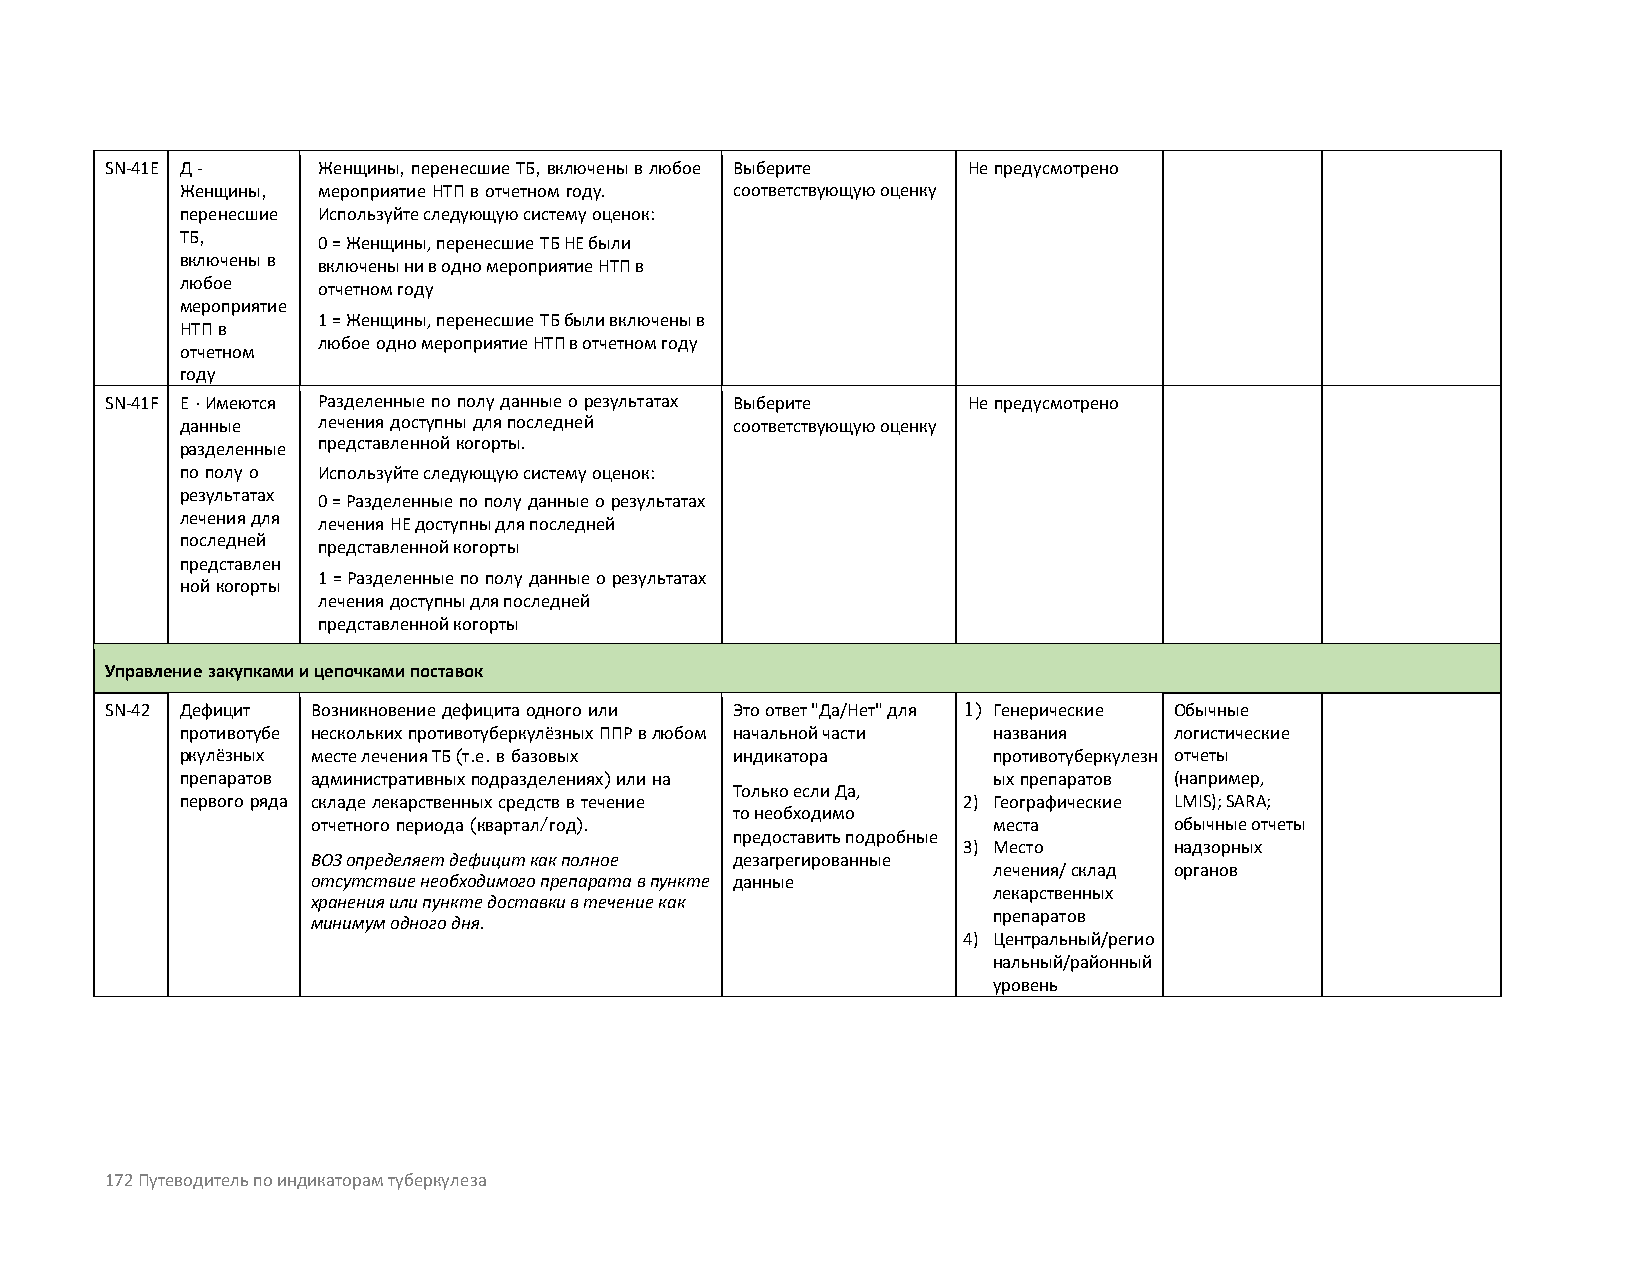
SN-41E Д -    Женщины, перенесшие ТБ, включены в любое Выберите Не предусмотрено
 Женщины, мероприятие НТП в отчетном году. соответствующую оценку
 перенесшие Используйте следующую систему оценок:
 ТБ,
 0 = Женщины, перенесшие ТБ НЕ были
 включены в включены ни в одно мероприятие НТП в
 любое    отчетном году
 мероприятие
 1 = Женщины, перенесшие ТБ были включены в
 НТП в
 любое одно мероприятие НТП в отчетном году
 отчетном
 году
 SN-41F Е - Имеются Разделенные по полу данные о результатах Выберите Не предусмотрено
 данные   лечения доступны для последней соответствующую оценку
 разделенные представленной когорты.
 по полу о Используйте следующую систему оценок:
 результатах
 0 = Разделенные по полу данные о результатах
 лечения для
 лечения НЕ доступны для последней
 последней
 представленной когорты
 представлен
 ной когорты
 1 = Разделенные по полу данные о результатах
 лечения доступны для последней
 представленной когорты
 Управление закупками и цепочками поставок
 SN-42 Дефицит Возникновение дефицита одного или Это ответ "Да/Нет" для 1) Генерические Обычные
 противотубе нескольких противотуберкулёзных ППР в любом начальной части названия логистические
 ркулёзных месте лечения ТБ (т.е. в базовых индикатора противотуберкулезн отчеты
 препаратов административных подразделениях) или на    ых препаратов (например,
 Только если Да,
 первого ряда складе лекарственных средств в течение 2) Географические LMIS); SARA;
 то необходимо
 отчетного периода (квартал/год).             места       обычные отчеты
 предоставить подробные
 3) Место      надзорных
 ВОЗ определяет дефицит как полное дезагрегированные
 лечения/ склад органов
 отсутствие необходимого препарата в пункте данные
 лекарственных
 хранения или пункте доставки в течение как
 минимум одного дня.                          препаратов
 4) Центральный/регио
 нальный/районный
 уровень
 172 Путеводитель по индикаторам туберкулеза